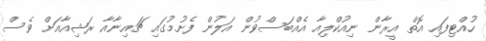
ހުއްޓިފައި އޮތް އީރާން ނިއުކްލިއާ އެއްބަސްވުން އަލުން ފެށުމުގައި ޗައިނާއާ ރަޝިއާއަށް ވެސް